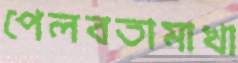
পেলবতামাখা